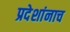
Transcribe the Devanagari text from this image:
प्रदेशांनाच